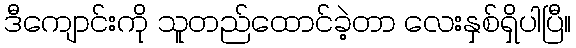
ဒီကျောင်းကို သူတည်ထောင်ခဲ့တာ လေးနှစ်ရှိပါပြီ။